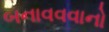
બનાવવવાનો